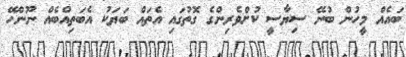
ބައެއް މީހުން ބުނޭ ސިޔާސީ ކުށްވެރިންގެ ގޮތުގައި އެތައް ބަޔަކު އެބަތިއްބެއް ނޫންހޭ